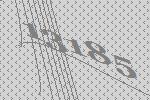
13185